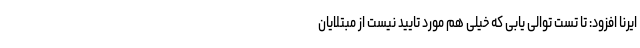
ایرنا افزود: تا تست توالی یابی که خیلی هم مورد تایید نیست از مبتلایان